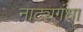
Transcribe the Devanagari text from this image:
नाट्यगंधा